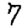
Digit: 7